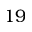
1 9